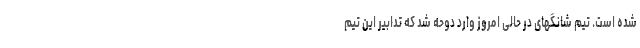
شده است. تیم شانگهای در حالی امروز وارد دوحه شد که تدابیر این تیم